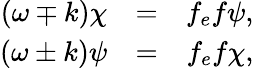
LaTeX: \begin{array}{rcr}{{(\omega\mp k)\chi}}&{{=}}&{{f_{e}f\psi,}}\\ {{(\omega\pm k)\psi}}&{{=}}&{{f_{e}f\chi,}}\end{array}